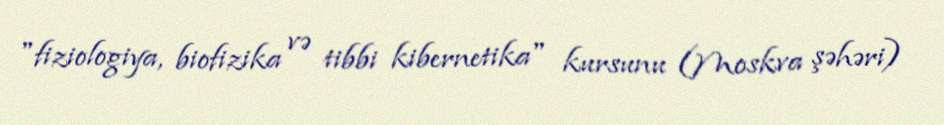
"fiziologiya, biofizika və tibbi kibernetika" kursunu (Moskva şəhəri)